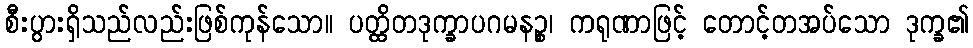
စီးပွားရှိသည်လည်းဖြစ်ကုန်သော။ ပတ္ထိတဒုက္ခာပဂမနဉ္စ၊ ကရုဏာဖြင့် တောင့်တအပ်သော ဒုက္ခ၏